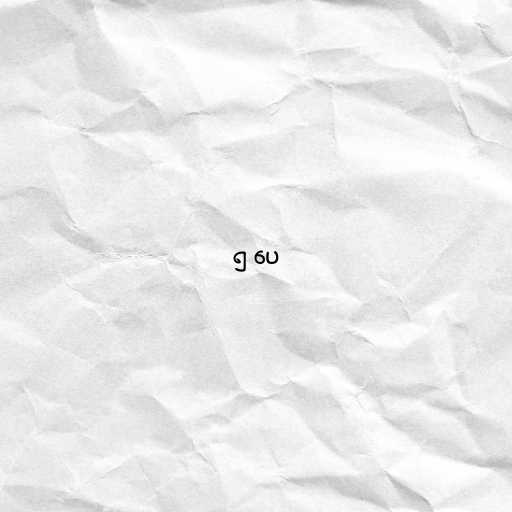
၅ ပေ